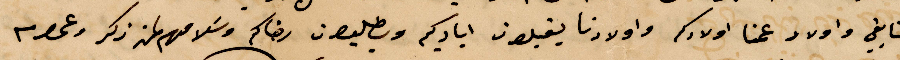
شقايقي واولاد عمنا اولادكم واولادنا يقبلون اياديكم ويطلبون رضاكم وسلامهم لم ذكر وعموم